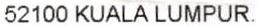
52100 KUALA LUMPUR.